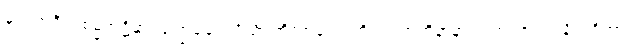
မုတ္တကရီသစမ္မအဋ္ဌိနှာရုခဏ္ဍခေဠသိင်္ဃာဏိကာလောဟိတပ္ပဘုတိနာနာကုဏပဇာတံ နိပတိတွာ